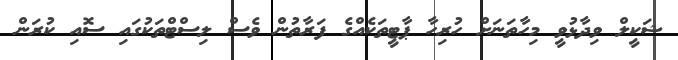
ޝަކީލް ވިދާޅުވީ މިހާތަނަށް ހުރިހާ ޕާޓީތަކެއްގެ ފަރާތުން ވެސް ލިސްޓްތަކުގައި ސޮއި ކުރަން